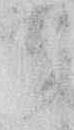
々